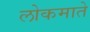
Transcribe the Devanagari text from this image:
लोकमाते